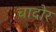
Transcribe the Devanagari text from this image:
चादोर